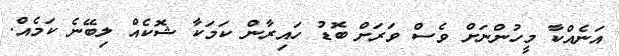
އަނެއްކާ މީހުންނަށް ވެސް ވަރަށް ބޮޑު ހައިރާން ކަމަކާ ޝޮކެއް ލިބޭނެ ކަމެއް.